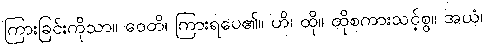
ကြားခြင်းကိုသာ။ ဝေတိ၊ ကြားရပေ၏။ ဟိ၊ ထို။ ထိုစကားသင့်စွ။ အယံ၊